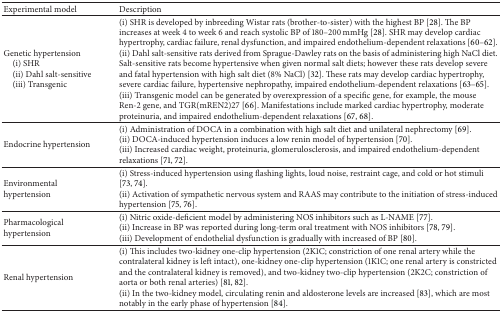
<table><thead><tr><td><b>Experimental model</b></td><td><b>Description</b></td></tr></thead><tbody><tr><td>Genetic hypertension(i) SHR(ii) Dahl salt-sensitive(iii) Transgenic</td><td>(i) SHR is developed by inbreeding Wistar rats (brother-to-sister) with the highest BP [28]. The BP increases at week 4 to week 6 and reach systolic BP of 180–200 mmHg [28]. SHR may develop cardiac hypertrophy, cardiac failure, renal dysfunction, and impaired endothelium-dependent relaxations [60–62].(ii) Dahl salt-sensitive rats derived from Sprague-Dawley rats on the basis of administering high NaCl diet. Salt-sensitive rats become hypertensive when given normal salt diets; however these rats develop severe and fatal hypertension with high salt diet (8% NaCl) [32]. These rats may develop cardiac hypertrophy, severe cardiac failure, hypertensive nephropathy, impaired endothelium-dependent relaxations [63–65].(iii) Transgenic model can be generated by overexpression of a specific gene, for example, the mouse Ren-2 gene, and TGR(mREN2)27 [66]. Manifestations include marked cardiac hypertrophy, moderate proteinuria, and impaired endothelium-dependent relaxations [67, 68]. </td></tr><tr><td>Endocrine hypertension</td><td>(i) Administration of DOCA in a combination with high salt diet and unilateral nephrectomy [69]. (ii) DOCA-induced hypertension induces a low renin model of hypertension [70].(iii) Increased cardiac weight, proteinuria, glomerulosclerosis, and impaired endothelium-dependent relaxations [71, 72].</td></tr><tr><td>Environmental hypertension</td><td>(i) Stress-induced hypertension using flashing lights, loud noise, restraint cage, and cold or hot stimuli [73, 74].(ii) Activation of sympathetic nervous system and RAAS may contribute to the initiation of stress-induced hypertension [75, 76].</td></tr><tr><td>Pharmacological hypertension</td><td>(i) Nitric oxide-deficient model by administering NOS inhibitors such as L-NAME [77]. (ii) Increase in BP was reported during long-term oral treatment with NOS inhibitors [78, 79]. (iii) Development of endothelial dysfunction is gradually with increased of BP [80].</td></tr><tr><td>Renal hypertension</td><td>(i) This includes two-kidney one-clip hypertension (2K1C; constriction of one renal artery while the contralateral kidney is left intact), one-kidney one-clip hypertension (1K1C; one renal artery is constricted and the contralateral kidney is removed), and two-kidney two-clip hypertension (2K2C; constriction of aorta or both renal arteries) [81, 82].(ii) In the two-kidney model, circulating renin and aldosterone levels are increased [83], which are most notably in the early phase of hypertension [84].</td></tr></tbody></table>